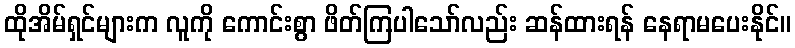
ထိုအိမ်ရှင်များက လူကို ကောင်းစွာ ဖိတ်ကြပါသော်လည်း ဆန်ထားရန် နေရာမပေးနိုင်။